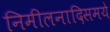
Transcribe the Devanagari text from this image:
निमीलनादिसमये